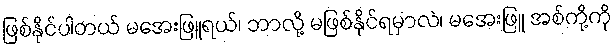
ဖြစ်နိုင်ပါတယ် မအေးဖြူရယ်၊ ဘာလို့ မဖြစ်နိုင်ရမှာလဲ၊ မအေးဖြူ အစ်ကို့ကို